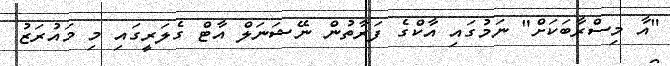
"އާ މިސްރާބަކަށް" ނަމުގައި އާކްގެ ފަރާތުން ނޭޝަނަލް އާޓް ގެލަރީގައި މި މައުރަޒު